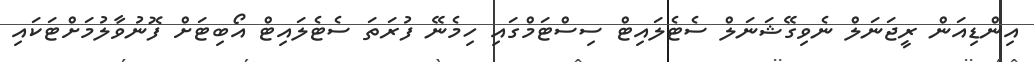
އިންޑިއަން ރީޖަނަލް ނެވިގޭޝަނަލް ސެޓެލައިޓް ސިސްޓަމްގައި ހިމެނޭ ފުރަތަ ސެޓެލައިޓް އޯބިޓަށް ފޮނުވާލުމަށްޓަކައި